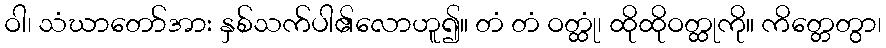
ဝါ၊ သံဃာတော်အား နှစ်သက်ပါ၏လောဟူ၍။ တံ တံ ဝတ္ထုံ၊ ထိုထိုဝတ္ထုကို။ ကိတ္တေတွာ၊